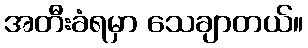
အတီးခံရမှာ သေချာတယ်။